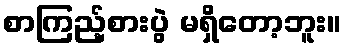
စာကြည့်စားပွဲ မရှိတော့ဘူး။